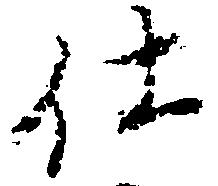
仕